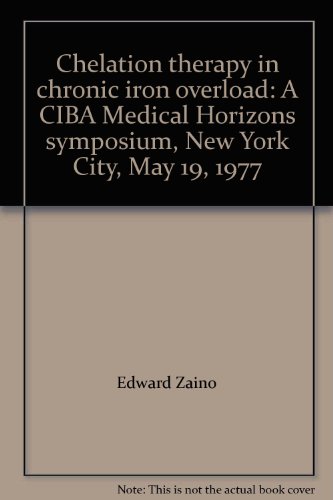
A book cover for Chelation therapy in chronic iron overload: A CIBA Medical Horizons symposium, New York City, May 19, 1977; Health, Fitness & Dieting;